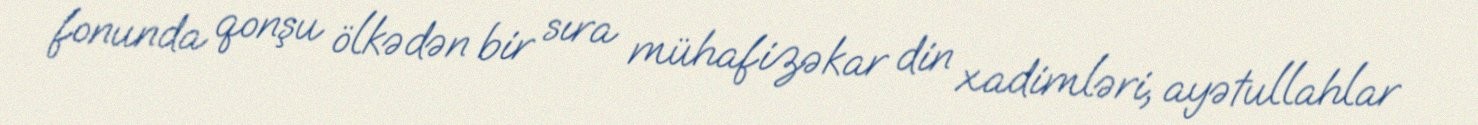
fonunda qonşu ölkədən bir sıra mühafizəkar din xadimləri, ayətullahlar